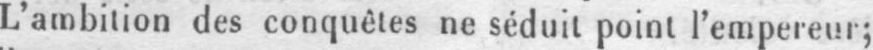
L’ambition des conquêtes ne séduit point l’empereur;